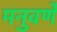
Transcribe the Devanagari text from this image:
मनुवर्णे